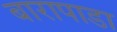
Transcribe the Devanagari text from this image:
बारापाडा